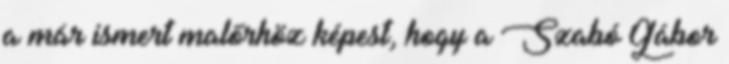
a már ismert malőrhöz képest, hogy a Szabó Gábor